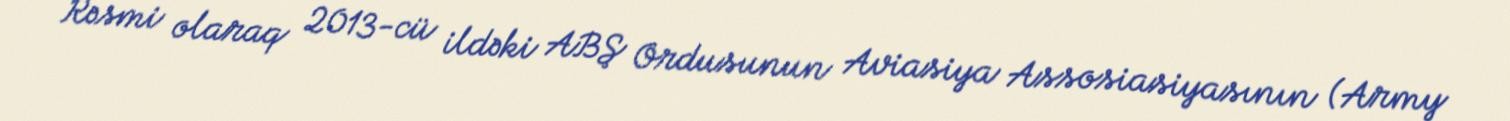
Rəsmi olaraq 2013-cü ildəki ABŞ Ordusunun Aviasiya Assosiasiyasının (Army